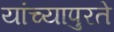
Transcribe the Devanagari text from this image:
यांच्यापुरते